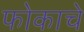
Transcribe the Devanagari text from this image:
फोकाचे